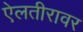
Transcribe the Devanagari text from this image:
ऐलतीरावर